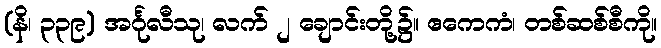
(နိ၊ ၃၃၉) အင်္ဂုလီသု၊ လက် ၂ ချောင်းတို့၌။ ဧကေကံ၊ တစ်ဆစ်စီကို။